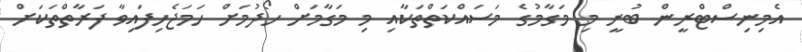
އެމިނިސްޓްރީން ބުނީ މި މަގާމުގެ މަސައްކަތްތަކާއި މި މަގާމަށް ހޯދުމަށް ހަމަޖެހިފައިވާ ފަރާތްތަކަށް